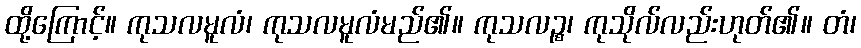
ထို့ကြောင့်။ ကုသလမူလံ၊ ကုသလမူလံမည်၏။ ကုသလဉ္စ၊ ကုသိုလ်လည်းဟုတ်၏။ တံ၊